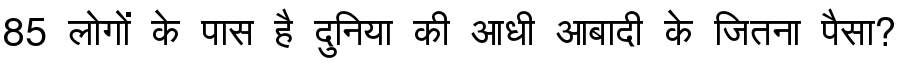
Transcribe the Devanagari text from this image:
85 लोगों के पास है दुनिया की आधी आबादी के जितना पैसा?